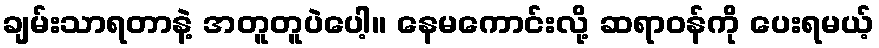
ချမ်းသာရတာနဲ့ အတူတူပဲပေါ့။ နေမကောင်းလို့ ဆရာဝန်ကို ပေးရမယ့်